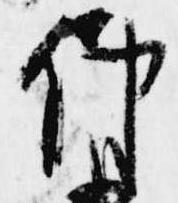
仲